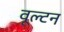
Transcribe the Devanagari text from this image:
वूल्टन